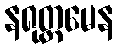
နရုတ္တမေန